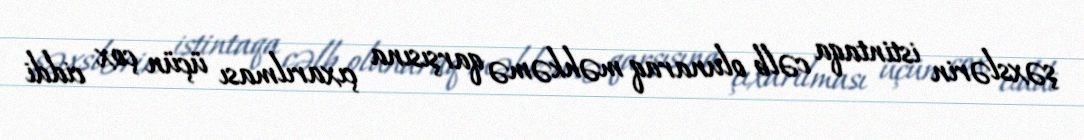
şəxslərin istintaqa cəlb olunaraq məhkəmə qarşısına çıxarılması üçün çox ciddi